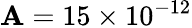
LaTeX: \mathbf{A}=15\times10^{-12}